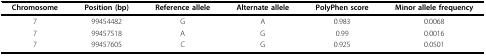
| Chromosome | Position (bp) | Reference allele | Alternate allele | PolyPhen score | Minor allele frequency |
 | --- | --- | --- | --- | --- | --- |
 | 7 | 99454482 | G | A | 0.983 | 0.0068 |
 | 7 | 99457518 | A | G | 0.99 | 0.0016 |
 | 7 | 99457605 | C | G | 0.925 | 0.0501 |